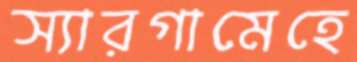
স্যারগামেহে